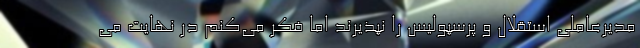
مدیرعاملی استقلال و پرسپولیس را نپذیرند اما فکر می‌کنم در نهایت می